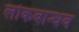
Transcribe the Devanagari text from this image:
लोकबान्धव